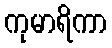
ကုမာရိကာ